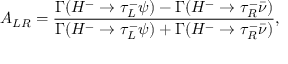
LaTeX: A _ { L R } = \frac { \Gamma ( H ^ { - } \rightarrow \tau _ { L } ^ { - } \psi ) - \Gamma ( H ^ { - } \rightarrow \tau _ { R } ^ { - } \bar { \nu } ) } { \Gamma ( H ^ { - } \rightarrow \tau _ { L } ^ { - } \psi ) + \Gamma ( H ^ { - } \rightarrow \tau _ { R } ^ { - } \bar { \nu } ) } ,